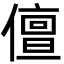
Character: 儃